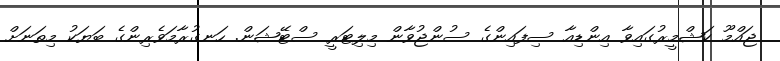
ޖައްމޫ ކަޝްމީރުގައިވާ އިންޑިއާ ސިފައިންގެ ސުންޖުވާން މިލިޓަރީ ސްޓޭޝަން. ހަނގުރާމަވެެރިންގެ ބަޔަކު މިތަނަށް